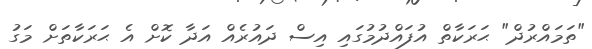
"ތަމައްރުދް" ޙަރަކާތް އުފައްދުމުގައި އިސް ދައުރެއް އަދާ ކޮށް އެ ޙަރަކާތަށް މަގު